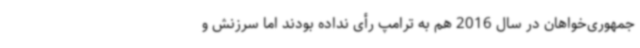
جمهوری‌خواهان در سال 2016 هم به ترامپ رأی نداده بودند اما سرزنش و